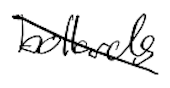
Text: bollards
Cross-out: diagonal
Writing tool: digital_black